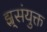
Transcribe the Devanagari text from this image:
झ्र्संयुक्त